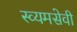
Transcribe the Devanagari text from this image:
स्व्यमसेवी